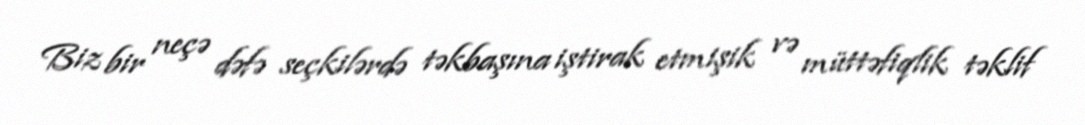
Biz bir neçə dəfə seçkilərdə təkbaşına iştirak etmişik və müttəfiqlik təklif